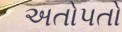
અતોપતો